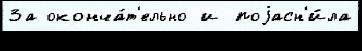
За оконча́т'ельно и поjасн'и́ла